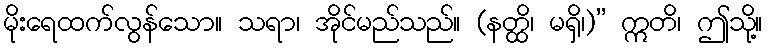
မိုးရေထက်လွန်သော။ သရာ၊ အိုင်မည်သည်။ (နတ္ထိ၊ မရှိ၊)” ဣတိ၊ ဤသို့။